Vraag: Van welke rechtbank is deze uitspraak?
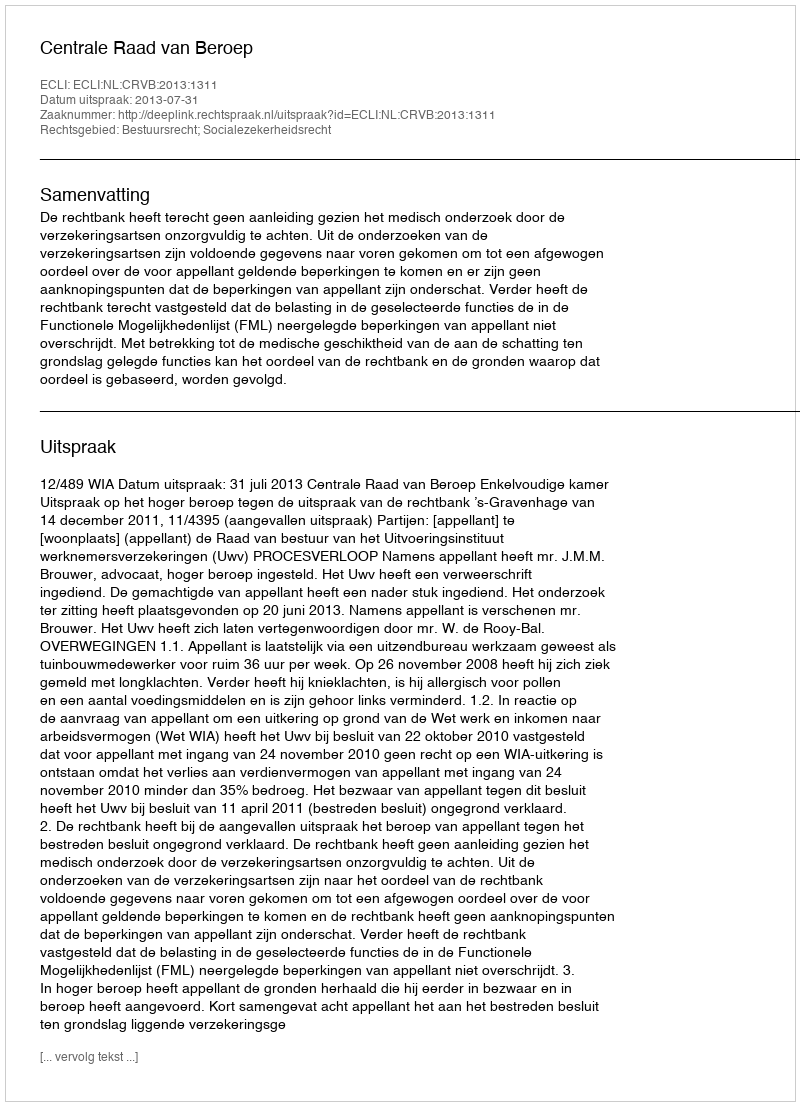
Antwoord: Centrale Raad van Beroep